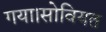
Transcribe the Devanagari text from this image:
गया।सोवियत